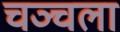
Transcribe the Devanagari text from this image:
चञ्चला